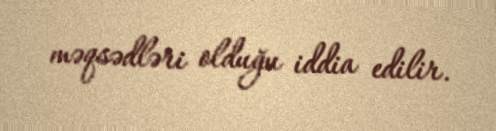
məqsədləri olduğu iddia edilir.